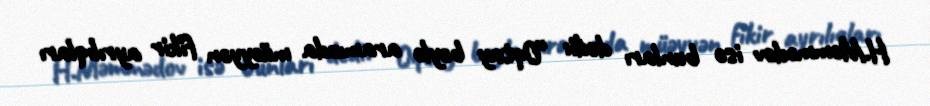
H.Məmmədov isə bunları dedi: “Oqtay bəylə aramızda müəyyən fikir ayrılıqları